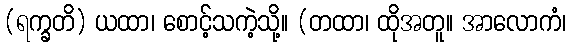
(ရက္ခတိ) ယထာ၊ စောင့်သကဲ့သို့။ (တထာ၊ ထိုအတူ။ အာလောကံ၊